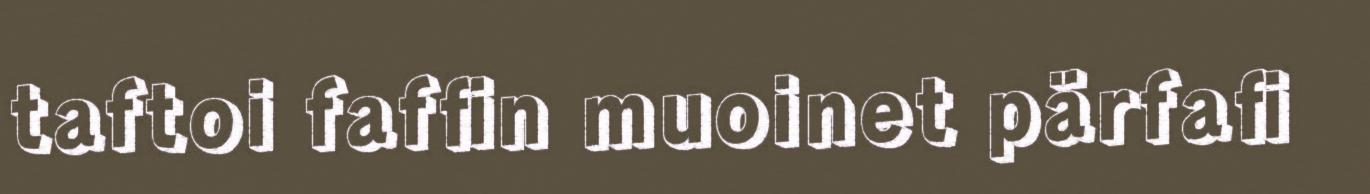
taftoi faffin muoinet pärfafi